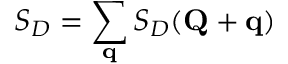
S _ { D } = \sum _ { \mathbf { q } } S _ { D } ( \mathbf { Q } + \mathbf { q } )